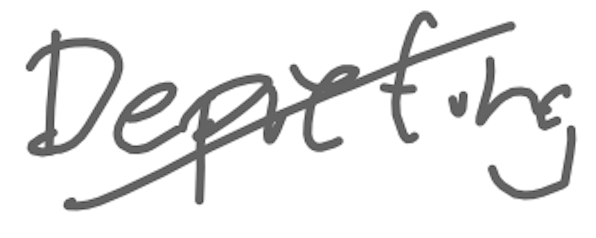
Text: Depicting
Cross-out: diagonal
Writing tool: digital_gray